Bréfritari: Þuríður Hallgrímsdóttir
Viðtakandi: Sólveig Jónsdóttir
Dagsetning: A-1866-11-17
Skrifað á: Hólmum  S-Múl.
Sólveig var dóttir Þuríðar

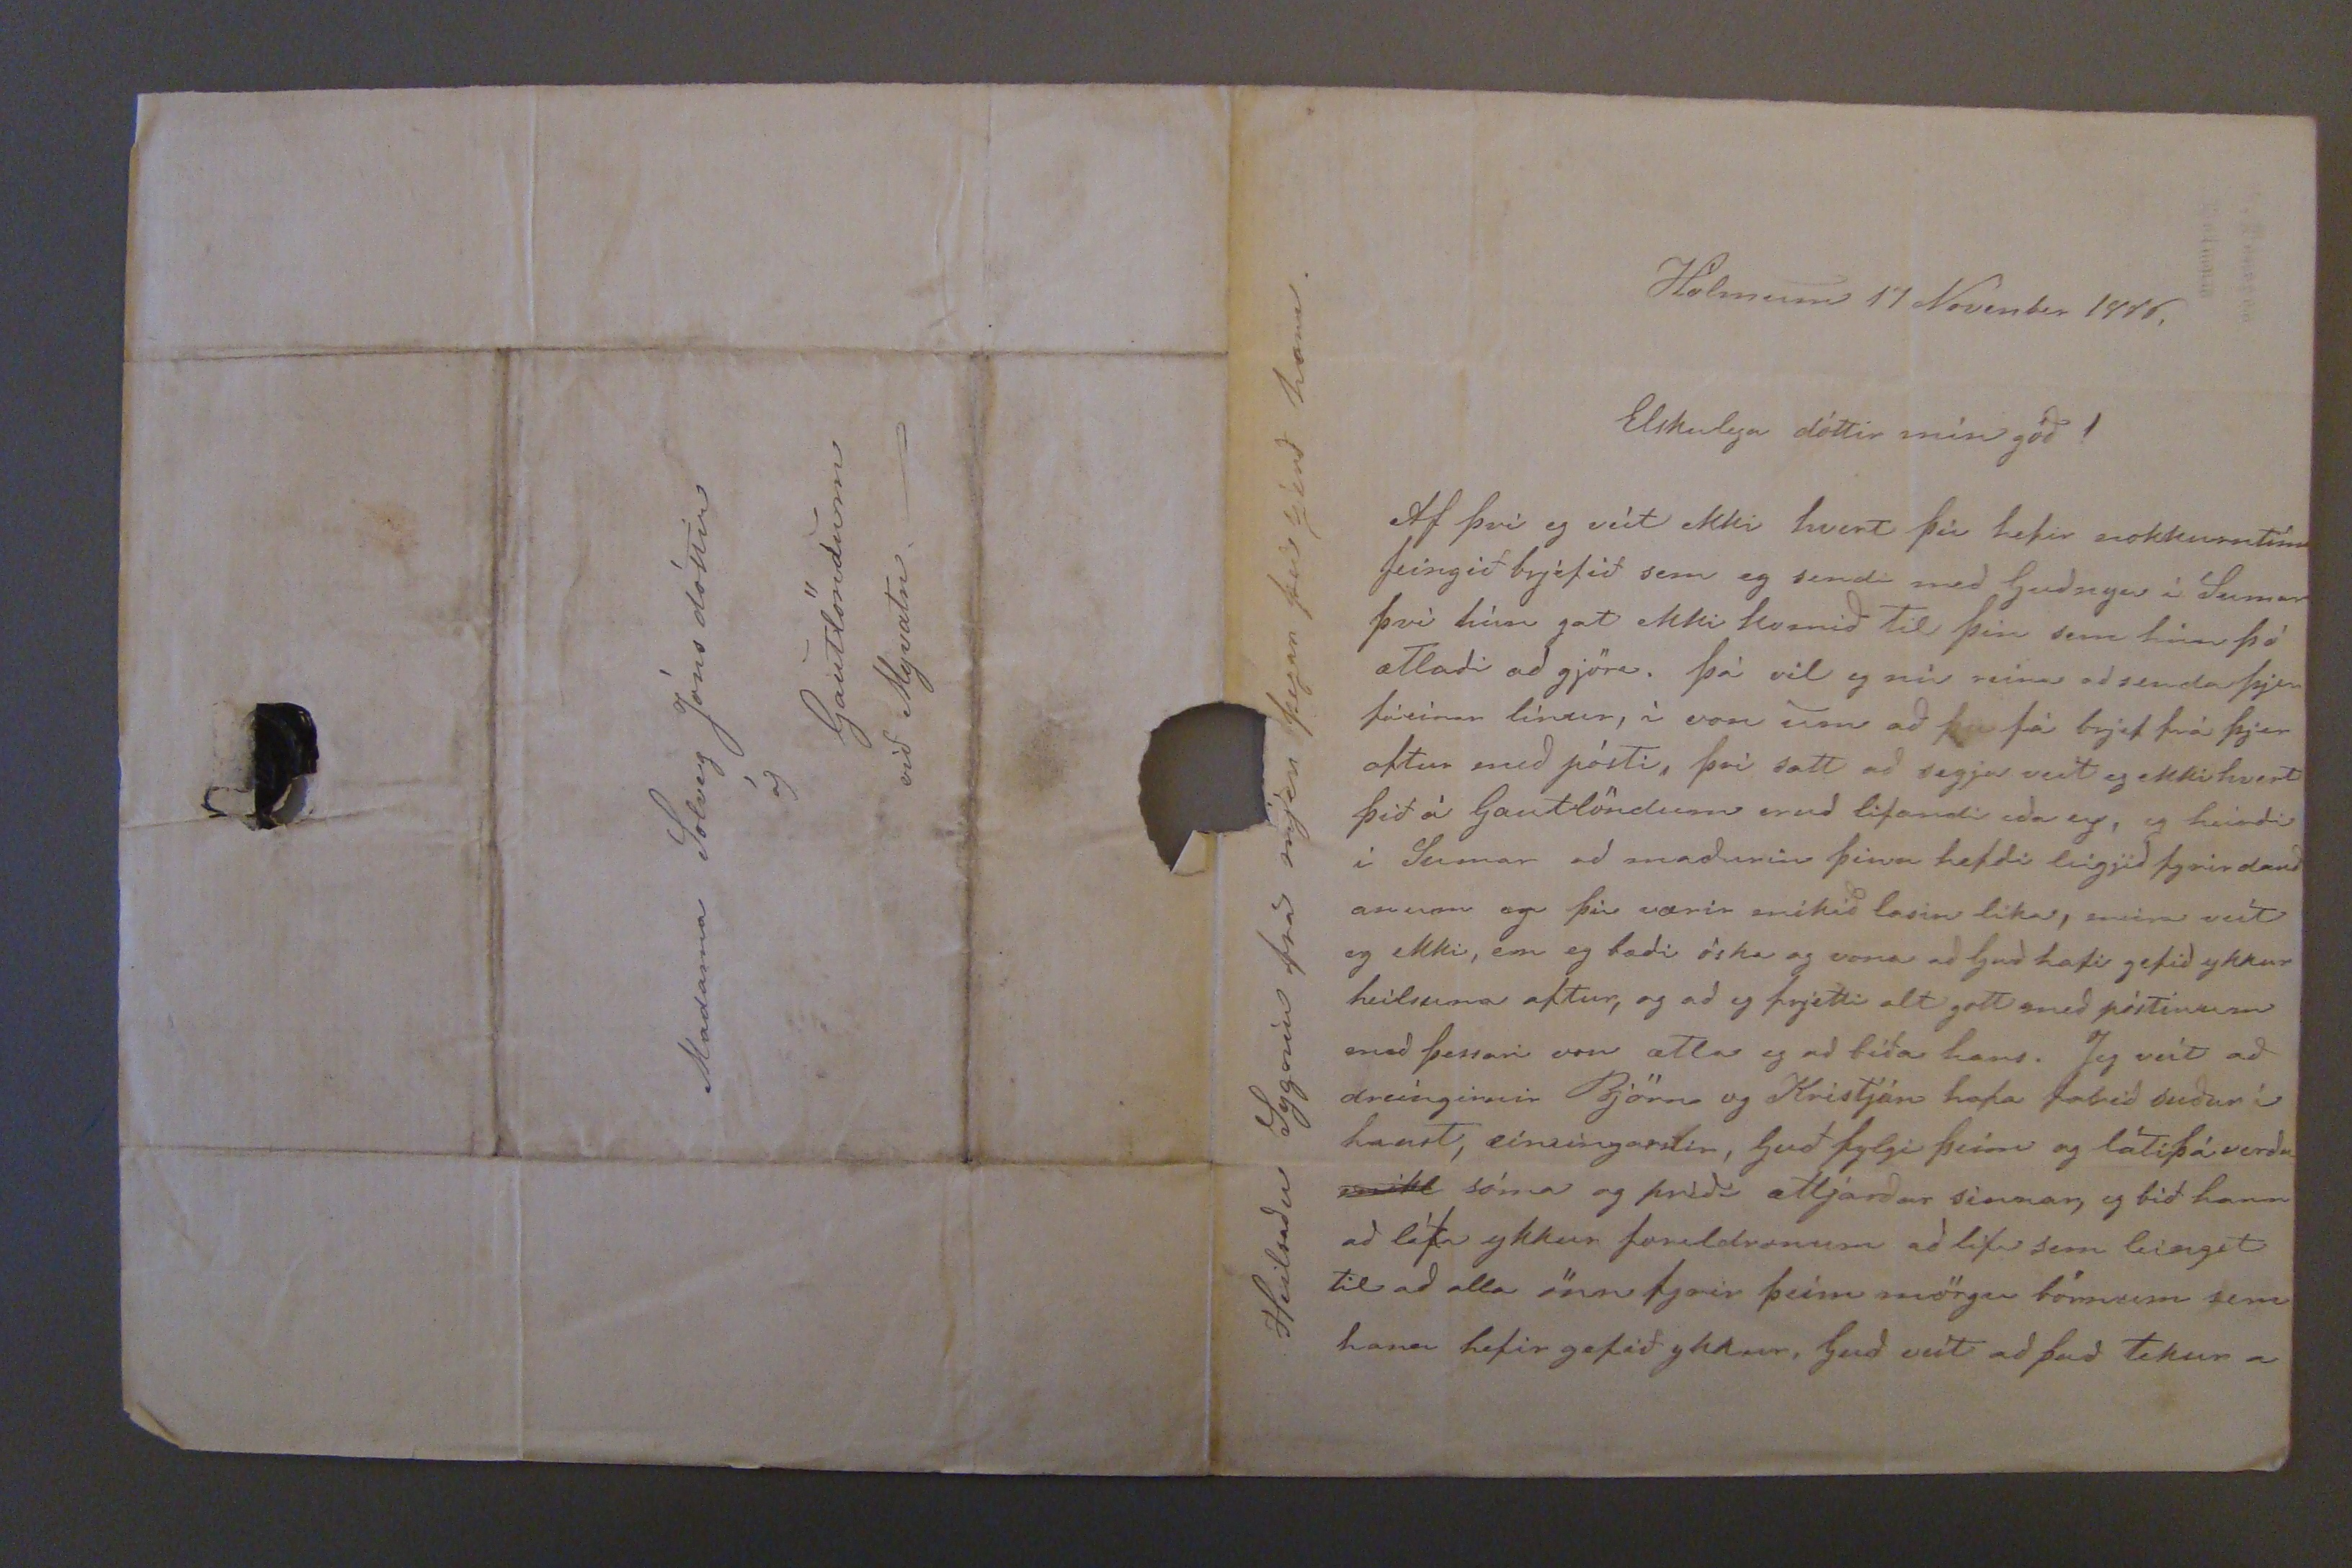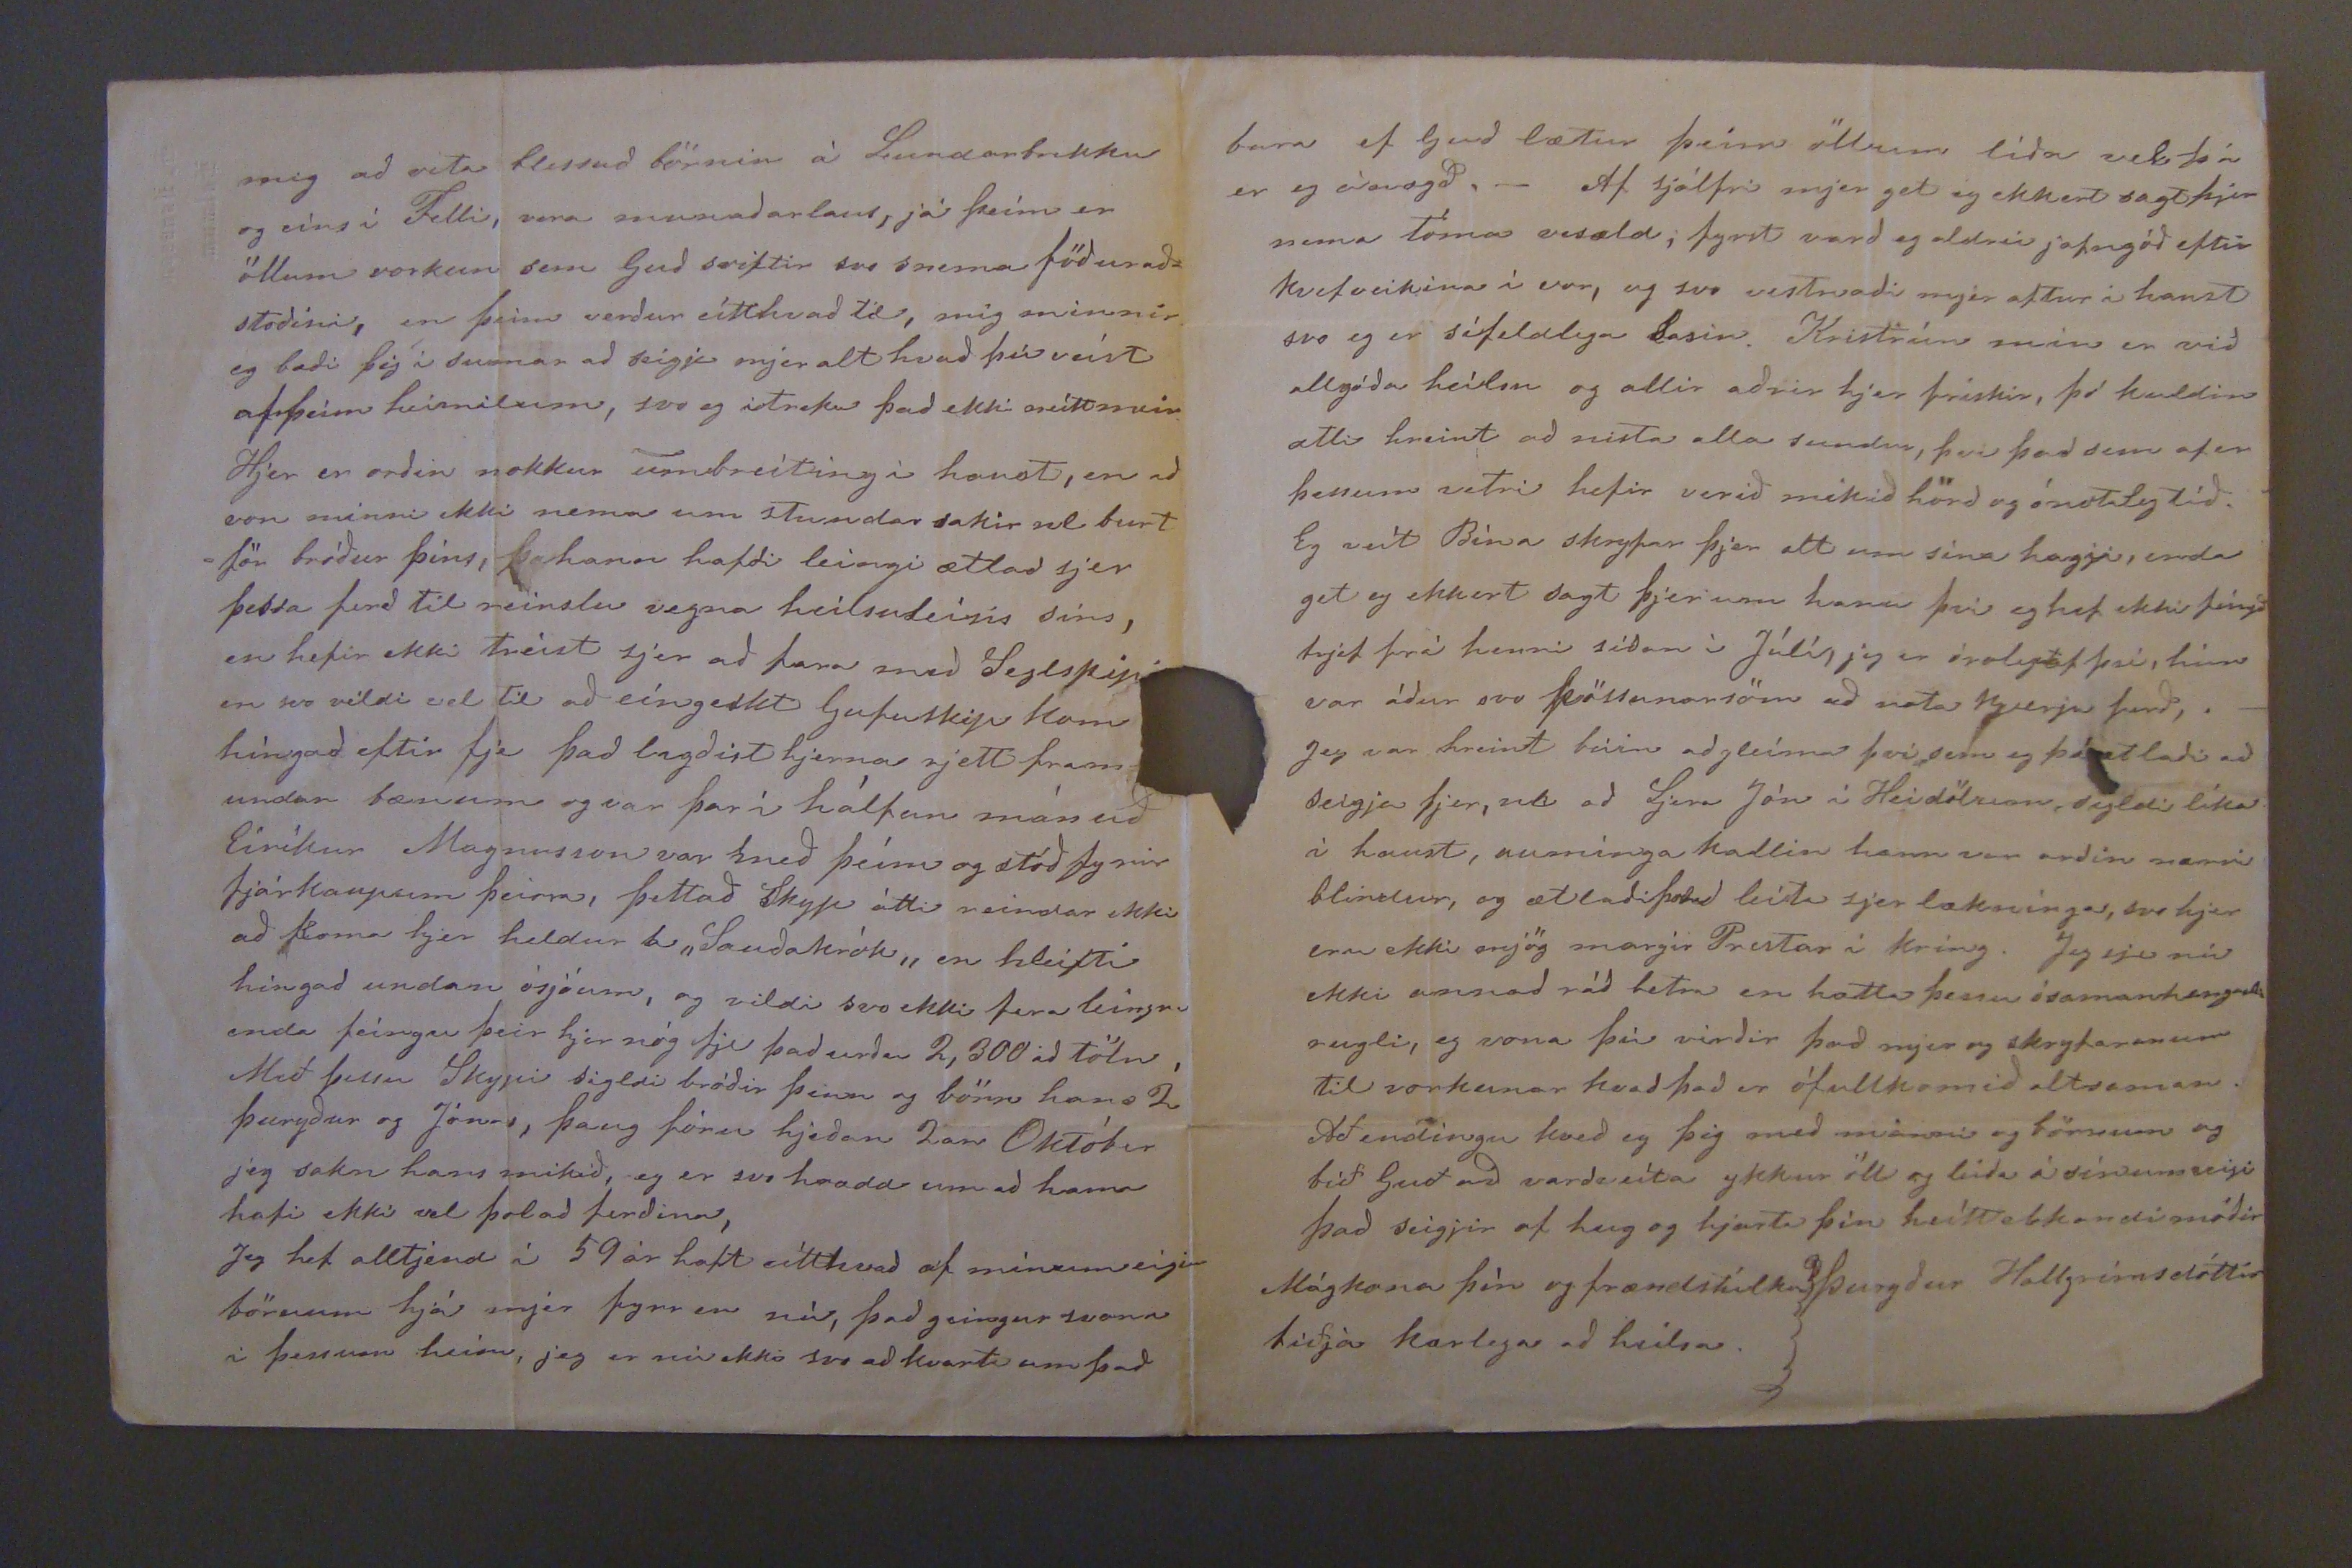

Hólmum 17 Novenber 1866
Elskulega dóttir mín góð!
Af þvi eg veit ekki hvert þú hefir nokkurntíma feingið brjéfið sem eg sendi með Gudnyu í Sumar því hún gat ekki komið til þín sem hún þó ætladi ad gjöra. Þá vil eg nú reina ad senda þjer fáeinar línur, í von um að þá fá brjef frá þjer aftur med pósti, því satt ad segja veit eg ekki hvert þið á Gautlöndum erud lifandi eda ey, eg
heirdi
i Sumar ad madurin þinn hefdi leigjid fyrir dauð anum og þú værir mikið lasin líka, meira veit eg ekki, enn eg bædi óska og vona ad Gud hafi gefid ykkur heilsuna aftur, og ad eg frjetti alt gott med póstinum med þessari von ætlar eg ad bíða hans. Jeg veit ad dreíngirnir Björn og Kristján hafa tekid suður í haust, ein
0ingar0tir,
Guð fylgi þeim og láti þá verda
00000
sóma og frid ættjardar sinnar, eg bið hann ad láta ykkur foreldronum ad lifa sem leingst til ad alla önn fyrir þeím mörgu bónnum sem hann hefir gefið ykkur, Guð veit ad það tekur a
Heilsadu Sygníu fra mjer þegar þu sjerð hann.
mig ad vita blessud börnin á Lundarbrekku og eins í Felli, vera munadarlaus, já heím er öllum vorkun sem Gud sviftir svo snema föðurad= stodina, en þeim verdur eitthvad til, mig minnir eg bædi þig í sumar ad seigja mjer alt hvad þú veist af þeim heimilum, svo eg itreka þad ekki neíttmeir Hjer er ordin nokkur umbreiting i haust, en ad von minni ekki nema um stundar sakir
nl
burt för bróður þíns, þa hann hafdi leingi ætlad sjer þessa ferd til reinslu vegna heilsuleisis síns, en hefir ekki treist sjer ad fara med Seglskipi en svo vildi vel til ad eíngekkt Gufuskip kom híngad eftir fje þad lagdist hjerna rjett fram= undan bænum og var þar i hálfan mánuð Eiríkur Magnusson var með þeím og stóð fyrir fjárkaupum þeirra, þettað skyp átti reindar ekki að koma hjer heldur á "Saudakrók" en tileisti híngad undan ósjóum, og vildi svo ekki fara leingra enda feíngu þeir hjer nóg til þad urdu 2, 300 ad tölu Með þessu Skypi sigldi bróðir þinn og börn hans 2 Þurydur og Jónas, þaug fóru hjeðan 2an Október jeg sakn hans mikið, eg er svo hrædd um ad hana hafi ekki vel þolad ferdina, Jeg hef alltjend í 59 ár haft eitthvad af mínum eigin börnum hjá mjer fyrr en nú, þad geingur svona i þessum heim, jeg er nú ekki svo ad kvarta um þad
bara ef Guð lætur þeim öllum líða vel þá er eg ánægd, _ Af sjálfri mjer get eg ekkert sagt þjer nema Tóma vesæld; fyrst vard eg aldrei jafngóð eftir kvefveikina í vor, og svo vestnadi mjer aftur í haust svo eg er sífeldlega lasin. Kristrún mín er við allgóda heilsu og allir adrir hjer frískir, þó kuldin atli hreint ad nista alla sundur, þvi þad sem af er honum vetri hefir verið mikið hörd og ónotaleg tíð. Eg veit Bína skryfar þjer alt um sína hafji, enda get eg ekkert sagt þjer um hana þvi eg hef ekki feíngð brjef frá henni sídan i Júlí, jeg er óroleg af því, hinn var ádur svo pössunarsöm ad nota hverja ferd, . _ Jeg var hreint búin ad gleíma þvi sem eg þó atladi ad seigja þjer,
nl
ad Sjera Jón í Heidölum sigldi líka í haust, aumínga kallin hann var ordin nærri blindur, og ætladi
þa00d
leita sjer lækníngar, svo hjer eru ekki mjög margir Prestar í Kring. Jeg sje nú ekki annad rád betra en hætta þessu ósamanhangandi rugli, eg vona þú virdir þad mjer og skryfaranum til vokunar hvad þad er ófullkomid altsaman Að endingu kved eg þig med manni og börnum og bið Guð ad vardveita ykkur öll og leida á
vissum
veigi þad seigjir af hug og hjarta þín heittelskandi móðir
Þurydur Hallgrímsdóttir
Mágkona þín og frændstúlka biðja kærlega ad heilsa
Madama Solveg Jónsdóttir á Gautlöndum við Myvatn._